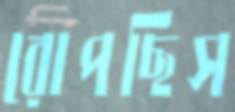
রোপছিস